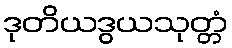
ဒုတိယဒွယသုတ္တံ